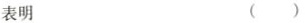
表明 ()